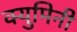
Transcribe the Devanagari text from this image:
क्युमिनी